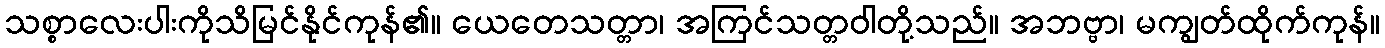
သစ္စာလေးပါးကိုသိမြင်နိုင်ကုန်၏။ ယေတေသတ္တာ၊ အကြင်သတ္တဝါတို့သည်။ အဘဗ္ဗာ၊ မကျွတ်ထိုက်ကုန်။